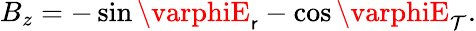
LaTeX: B_{z}=-\sin\varphiE_{\mathsf{r}}-\cos\varphiE_{\mathcal{T}}.